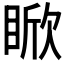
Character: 𪾯